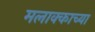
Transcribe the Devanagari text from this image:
मलाक्काच्या